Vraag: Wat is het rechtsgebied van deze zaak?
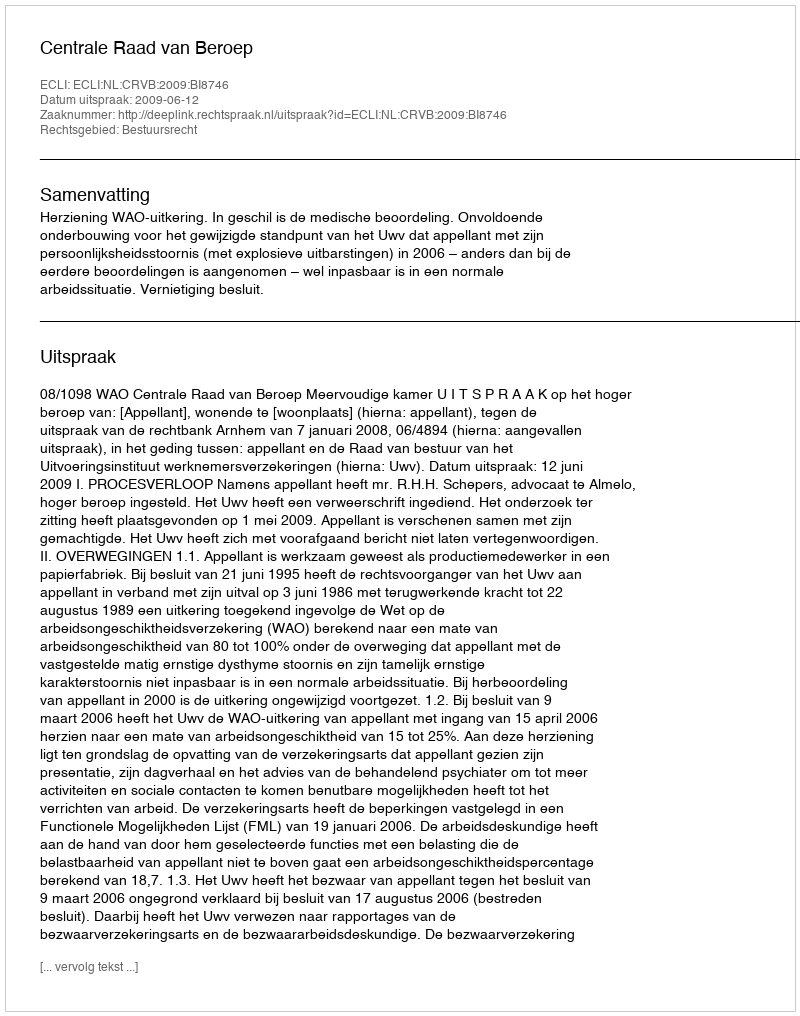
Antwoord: Bestuursrecht